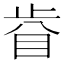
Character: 𥅵